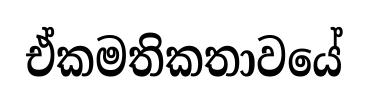
ඒකමතිකතාවයේ